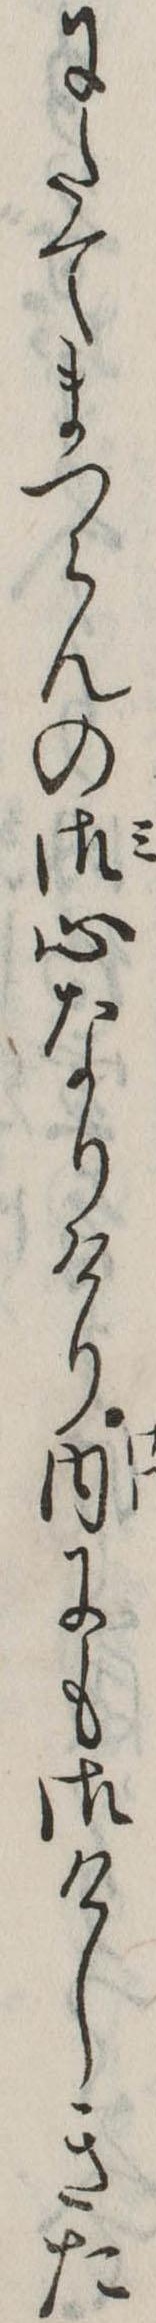
にたてまつらんの御心なりけり内にも御けしきた